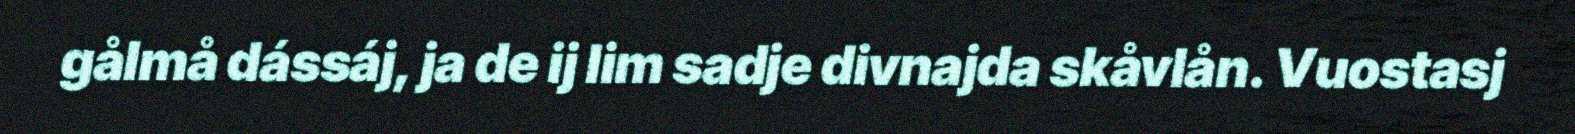
gålmå dássáj, ja de ij lim sadje divnajda skåvlån. Vuostasj